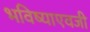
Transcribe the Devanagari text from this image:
भविष्याएवजी